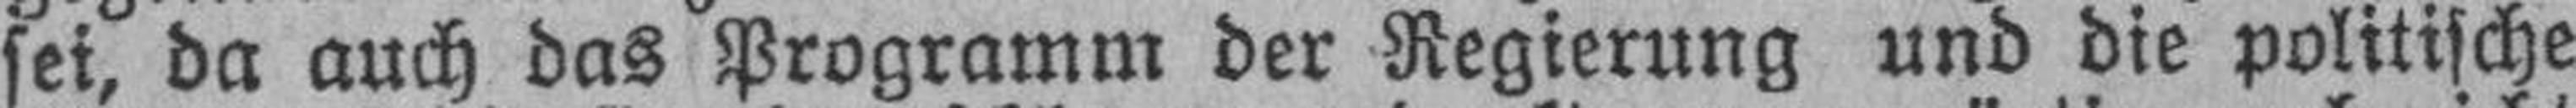
sei, da auch das Programm der Regierung und die politische